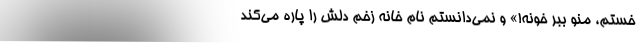
خستم، منو ببر خونه!» و نمی‌دانستم نام خانه زخم دلش را پاره می‌کند